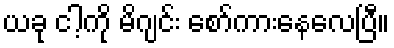
ယခု ငါ့ကို မိဂျင်း စော်ကားနေလေပြီ။